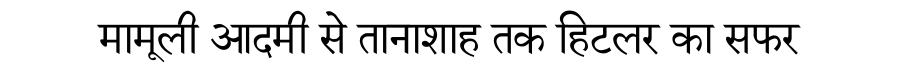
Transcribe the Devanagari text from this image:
मामूली आदमी से तानाशाह तक हिटलर का सफर